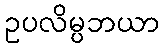
ဥပလိမ္ပဘယာ